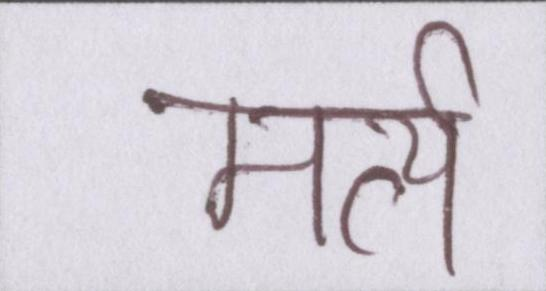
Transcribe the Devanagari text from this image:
मर्त्य